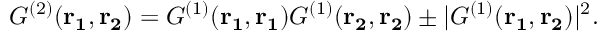
G ^ { ( 2 ) } ( \mathbf { r _ { 1 } , r _ { 2 } } ) = { G ^ { ( 1 ) } } ( \mathbf { r _ { 1 } , r _ { 1 } } ) { G ^ { ( 1 ) } } ( \mathbf { r _ { 2 } , r _ { 2 } } ) \pm | { G ^ { ( 1 ) } } ( \mathbf { r _ { 1 } , r _ { 2 } } ) | ^ { 2 } .